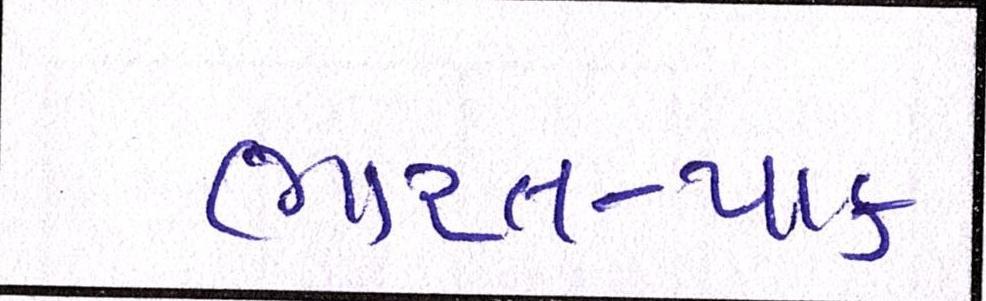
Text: ભારત-પાક